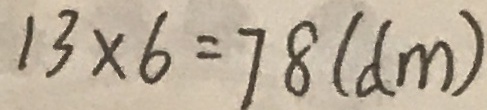
1 3 \times 6 = 7 8 ( d m )